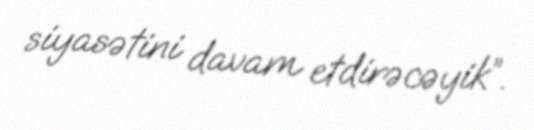
siyasətini davam etdirəcəyik”.